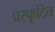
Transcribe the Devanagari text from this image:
प्रस्फूटित